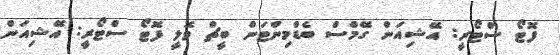
ފޮޓޯ ސްޓޯރީ: އޭޝިއަން ގޭމްސް ބެޑްމިންޓަން ބީޗް ވޮލީ ފޮޓޯ ސްޓޯރީ: އޭޝިއަން